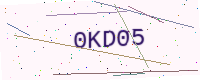
Text: 0KD05